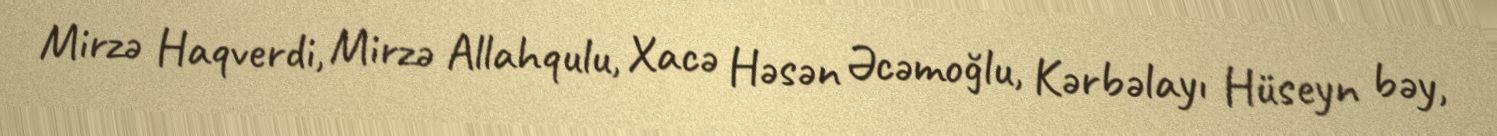
Mirzə Haqverdi, Mirzə Allahqulu, Xacə Həsən Əcəmoğlu, Kərbəlayı Hüseyn bəy,